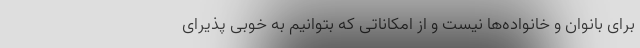
برای بانوان و خانواده‌ها نیست و از امکاناتی که بتوانیم به خوبی پذیرای